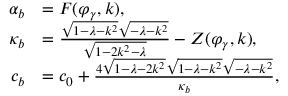
\begin{array} { r l } { \alpha _ { b } } & { = F ( \varphi _ { \gamma } , k ) , } \\ { \kappa _ { b } } & { = \frac { \sqrt { 1 - \lambda - k ^ { 2 } } \sqrt { - \lambda - k ^ { 2 } } } { \sqrt { 1 - 2 k ^ { 2 } - \lambda } } - Z ( \varphi _ { \gamma } , k ) , } \\ { c _ { b } } & { = c _ { 0 } + \frac { 4 \sqrt { 1 - \lambda - 2 k ^ { 2 } } \sqrt { 1 - \lambda - k ^ { 2 } } \sqrt { - \lambda - k ^ { 2 } } } { \kappa _ { b } } , } \end{array}